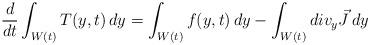
LaTeX: \begin{align*} \frac{d}{d t}\displaystyle\int_{W(t)}^{} T(y,t)\, dy = \displaystyle\int_{W(t)}^{}f(y,t) \,dy - \displaystyle\int_{W(t)}^{} div_y\vec{J} \,dy \end{align*}